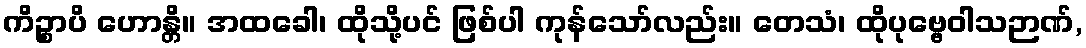
ကိဉ္စာပိ ဟောန္တိ။ အထခေါ၊ ထိုသို့ပင် ဖြစ်ပါ ကုန်သော်လည်း။ တေသံ၊ ထိုပုဗ္ဗေဝါသဉာဏ်,